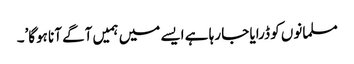
مسلمانوں کو ڈرایا جا رہا ہے ایسے میں ہمیں آگے آنا ہوگا’۔